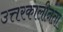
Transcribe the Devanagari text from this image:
उत्तरकालीनता